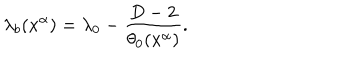
\lambda _ { b } ( x ^ { \alpha } ) = \lambda _ { 0 } - \frac { D - 2 } { \theta _ { 0 } ( x ^ { \alpha } ) } .